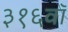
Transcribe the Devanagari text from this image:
३१६वॉ